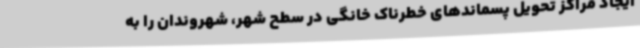
ایجاد مراکز تحویل پسماندهای خطرناک خانگی در سطح شهر، شهروندان را به